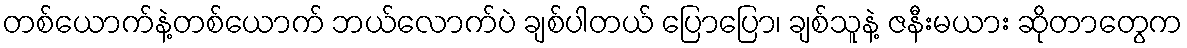
တစ်ယောက်နဲ့တစ်ယောက် ဘယ်လောက်ပဲ ချစ်ပါတယ် ပြောပြော၊ ချစ်သူနဲ့ ဇနီးမယား ဆိုတာတွေက